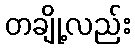
တချို့လည်း